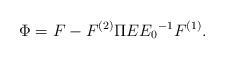
\begin{align*}\Phi = F - F^{(2)} \Pi E {E_0}^{-1} F^{(1)}.\end{align*}